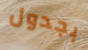
بجدول